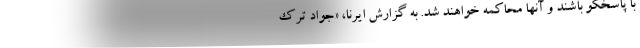
با پاسخگو باشند و آنها محاکمه خواهند شد. به گزارش ایرنا، «جواد ترک